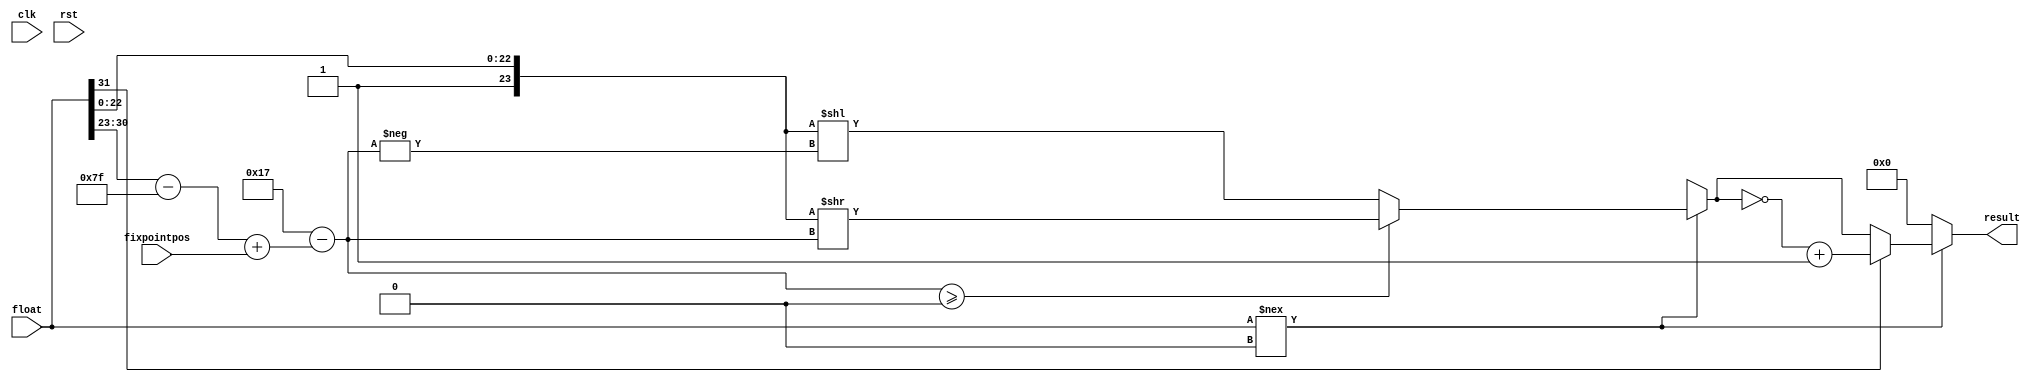
//=========================================================================
// Name & Email must be EXACTLY as in Gradescope roster!
// Name: Christopher Arellano
// 
// Assignment name: Lab 02
// Lab section: 021
// TA: Quan Fan
// 
// I hereby certify that I have not received assistance on this assignment,
// or used code, from ANY outside source other than the instruction team
// (apart from what was provided in the starter file).
//
//=========================================================================

`timescale 1ns / 1ps

module floatToFixed(
  input wire clk, 
  input wire rst , 
  input wire[31:0] float, 
  input wire[4:0] fixpointpos , 
  output reg[31:0] result );

// Your  Implementation 

`define Bias 127
`define Matissa_Size 23

reg[7:0] shift;

// -------------------------------------------	
// Register the results 
// -------------------------------------------

always @(*) begin
	// Replace the following code with your implmentation
  result = 0;
  if (float !== 32'h00000000) begin
	  result[23] = 1'b1;
    result[22:0] = float[22:0];
    shift = $signed(`Matissa_Size - $signed(float[30:23] - `Bias + fixpointpos));
    
    if ($signed(shift) >= 0) begin
      result = result >> shift;
    end

    else begin
      result = result << -$signed(shift);
    end

    if(float[31]) begin
      result = ~result + 32'h00000001;
    end
  end
end 
endmodule